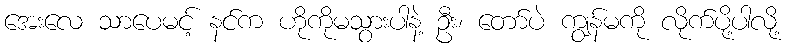
အေးလေ သာပေမင့် နင်က ဟိုကိုမသွားပါနဲ့ ဦး၊ တော်ပဲ ကျွန်မကို လိုက်ပို့ပါလို့